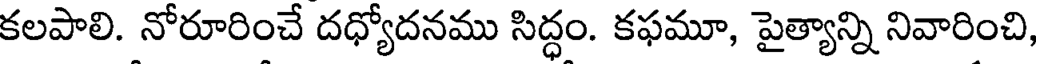
కలపాలి. నోరూరించే దధ్యోదనము సిద్ధం. కఫమూ, పైత్యాన్ని నివారించి